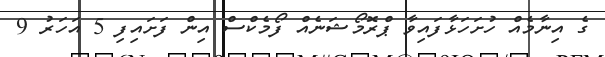
ގެ އިނާމެއް ހުށަހަޅާފައިވާ ޕްރޮމޯޝަނެއް ފޯމެކްސް އިން ފަށައިފި 5 އަހަރު 9